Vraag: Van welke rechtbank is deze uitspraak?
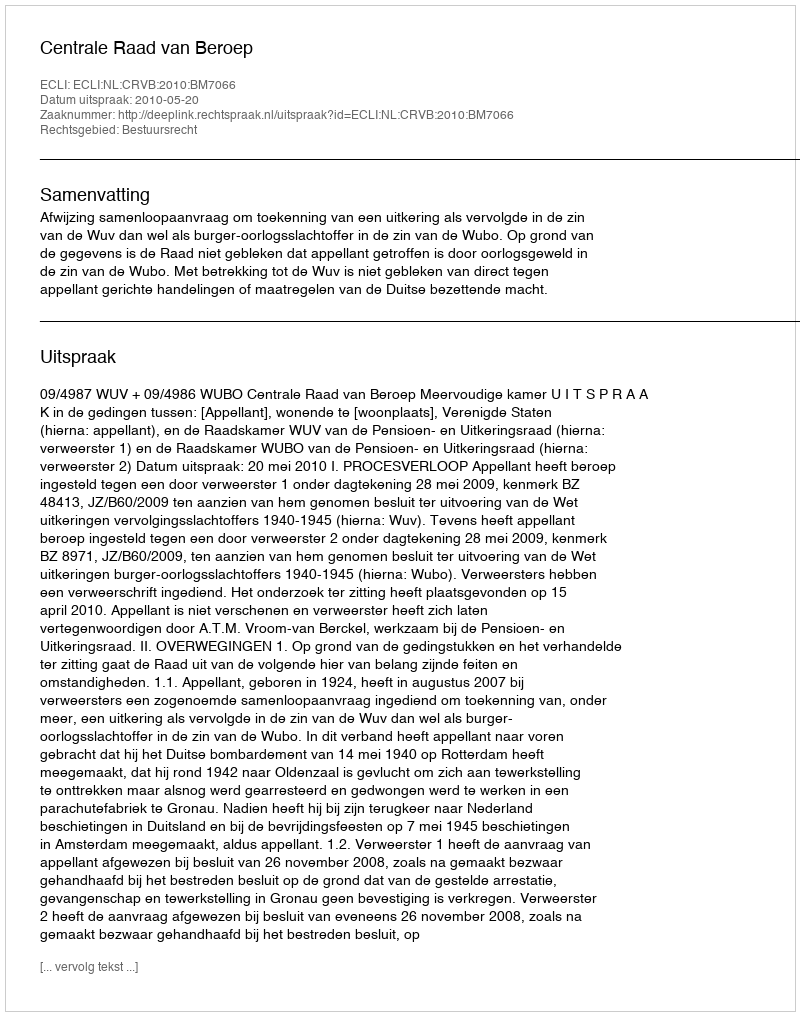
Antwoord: Centrale Raad van Beroep